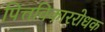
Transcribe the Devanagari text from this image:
पित्तविकाररोधक